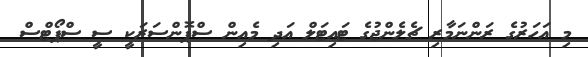
މި އަހަރުގެ ރަންނަމާރި ޗެލެންޖުގެ ޓައިޓަލް އަދި މެއިން ސްޕޮންސަރަކީ ސީ ސްޕޯޓްސް